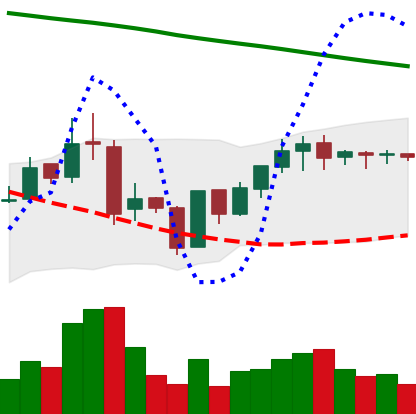
Ticker: BNB-USD
Chart end date: 2019-01-24
Forward return: -4.982%
Label: down_3_5